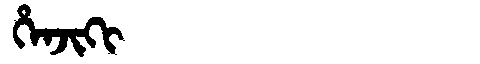
Manchu: ᡥᡝᠨᠵᡳᡴᡳ
Romanization: HENJIKI